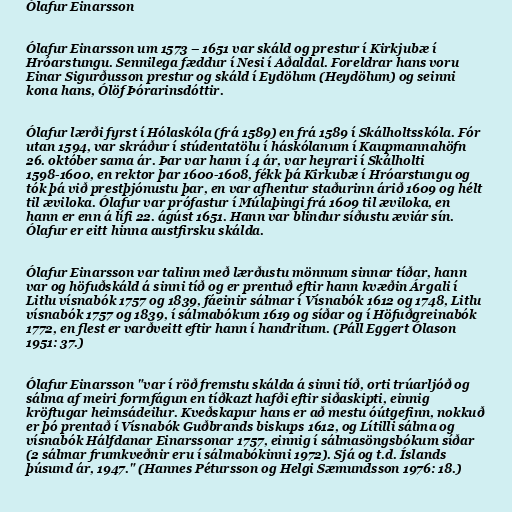
Ólafur Einarsson

Ólafur Einarsson um 1573 – 1651 var skáld og prestur í Kirkjubæ í
Hróarstungu. Sennilega fæddur í Nesi í Aðaldal. Foreldrar hans voru
Einar Sigurðusson prestur og skáld í Eydölum (Heydölum) og seinni
kona hans, Ólöf Þórarinsdóttir.

Ólafur lærði fyrst í Hólaskóla (frá 1589) en frá 1589 í Skálholtsskóla. Fór
utan 1594, var skráður í stúdentatölu í háskólanum í Kaupmannahöfn
26. október sama ár. Þar var hann í 4 ár, var heyrari í Skálholti
1598-1600, en rektor þar 1600-1608, fékk þá Kirkubæ í Hróarstungu og
tók þá við prestþjónustu þar, en var afhentur staðurinn árið 1609 og hélt
til æviloka. Ólafur var prófastur í Múlaþingi frá 1609 til æviloka, en
hann er enn á lífi 22. ágúst 1651. Hann var blindur síðustu æviár sín.
Ólafur er eitt hinna austfirsku skálda.

Ólafur Einarsson var talinn með lærðustu mönnum sinnar tíðar, hann
var og höfuðskáld á sinni tíð og er prentuð eftir hann kvæðin Árgali í
Litlu vísnabók 1757 og 1839, fáeinir sálmar í Vísnabók 1612 og 1748, Litlu
vísnabók 1757 og 1839, í sálmabókum 1619 og síðar og í Höfuðgreinabók
1772, en flest er varðveitt eftir hann í handritum. (Páll Eggert Ólason
1951: 37.)

Ólafur Einarsson "var í röð fremstu skálda á sinni tíð, orti trúarljóð og
sálma af meiri formfágun en tíðkazt hafði eftir siðaskipti, einnig
kröftugar heimsádeilur. Kveðskapur hans er að mestu óútgefinn, nokkuð
er þó prentað í Vísnabók Guðbrands biskups 1612, og Lítilli sálma og
vísnabók Hálfdanar Einarssonar 1757, einnig í sálmasöngsbókum síðar
(2 sálmar frumkveðnir eru í sálmabókinni 1972). Sjá og t.d. Íslands
þúsund ár, 1947." (Hannes Pétursson og Helgi Sæmundsson 1976: 18.)